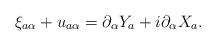
LaTeX: \begin{align*}\xi_{a \alpha}+u_{a \alpha} =\partial_\alpha Y_a +i\partial_\alpha X_a .\end{align*}